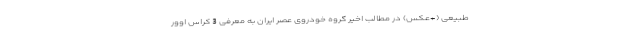
طبیعی (+عکس) در مطالب اخیر گروه خودروی عصر ایران به معرفی 3 کراس اوور